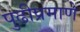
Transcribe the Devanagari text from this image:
पुढीप्रमाणे